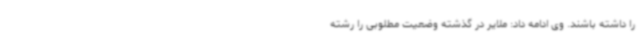
را داشته باشند. وی ادامه داد: ملایر در گذشته وضعیت مطلوبی را رشته